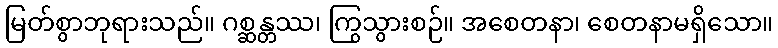
မြတ်စွာဘုရားသည်။ ဂစ္ဆန္တဿ၊ ကြွသွားစဉ်။ အစေတနာ၊ စေတနာမရှိသော။